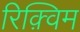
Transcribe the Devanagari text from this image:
रिक़्विम